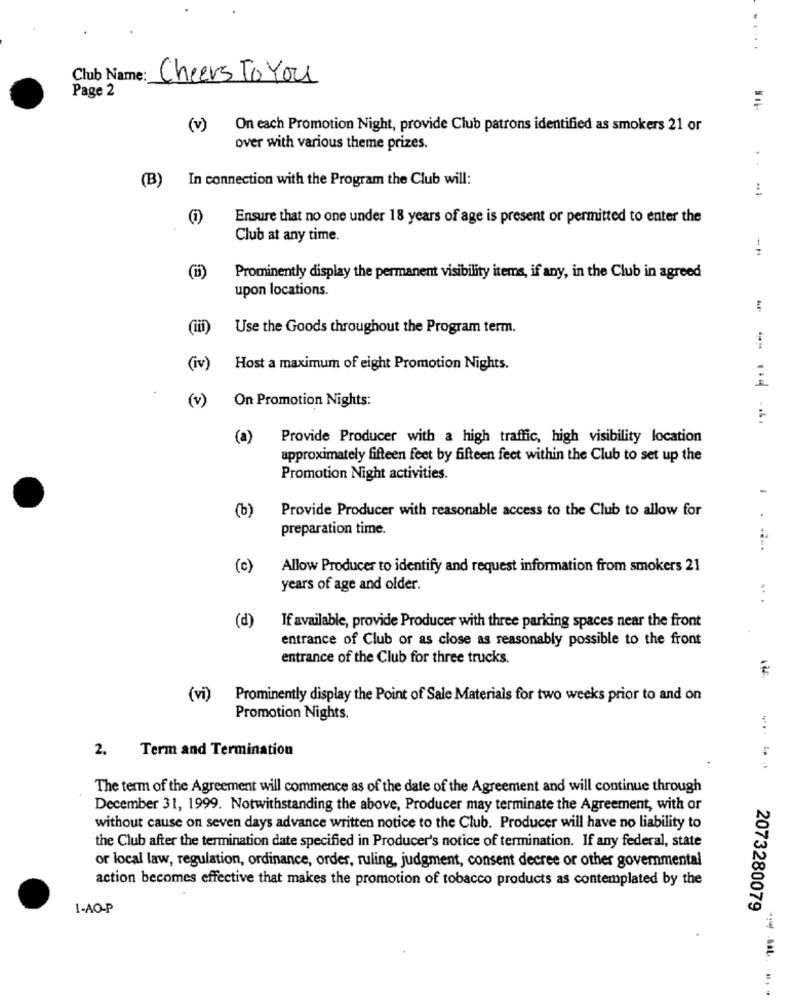
....
Club Name:
Cheers To You
Page 2
(v) On each Promotion Night, provide Club patrons identified as smokers 21 or
over with various theme prizes.
(B) In connection with the Program the Club will:
Ensure that no one under 18 years of age is present or permitted to enter the
Club at any time.
(ii)
Prominently display the permanent visibility items, if any, in the Club in agreed
upon locations.
(iii)
Use the Goods throughout the Program term.
-
(iv)
Host a maximum of eight Promotion Nights.
(v)
On Promotion Nights:
(a)
Provide Producer with a high traffic, high visibility location
approximately fifteen feet by fifteen feet within the Club to set up the
Promotion Night activities.
(b)
Provide Producer with reasonable access to the Club to allow for
. .
preparation time.
(c)
Allow Producer to identify and request information from smokers 21
years of age and older.
.. .
(d)
If available, provide Producer with three parking spaces near the front
entrance of Club or as close as reasonably possible to the front
entrance of the Club for three trucks.
(vi) Prominently display the Point of Sale Materials for two weeks prior to and on
Promotion Nights.
2.
Term and Termination
The term of the Agreement will commence as of the date of the Agreement and will continue through
December 31, 1999. Notwithstanding the above, Producer may terminate the Agreement, with or
without cause on seven days advance written notice to the Club. Producer will have no liability to
the Club after the termination date specified in Producer's notice of termination. If any federal, state
or local law, regulation, ordinance, order, ruling, judgment, consent decree or other governmental
action becomes effective that makes the promotion of tobacco products as contemplated by the
1-AO-P
2073280079